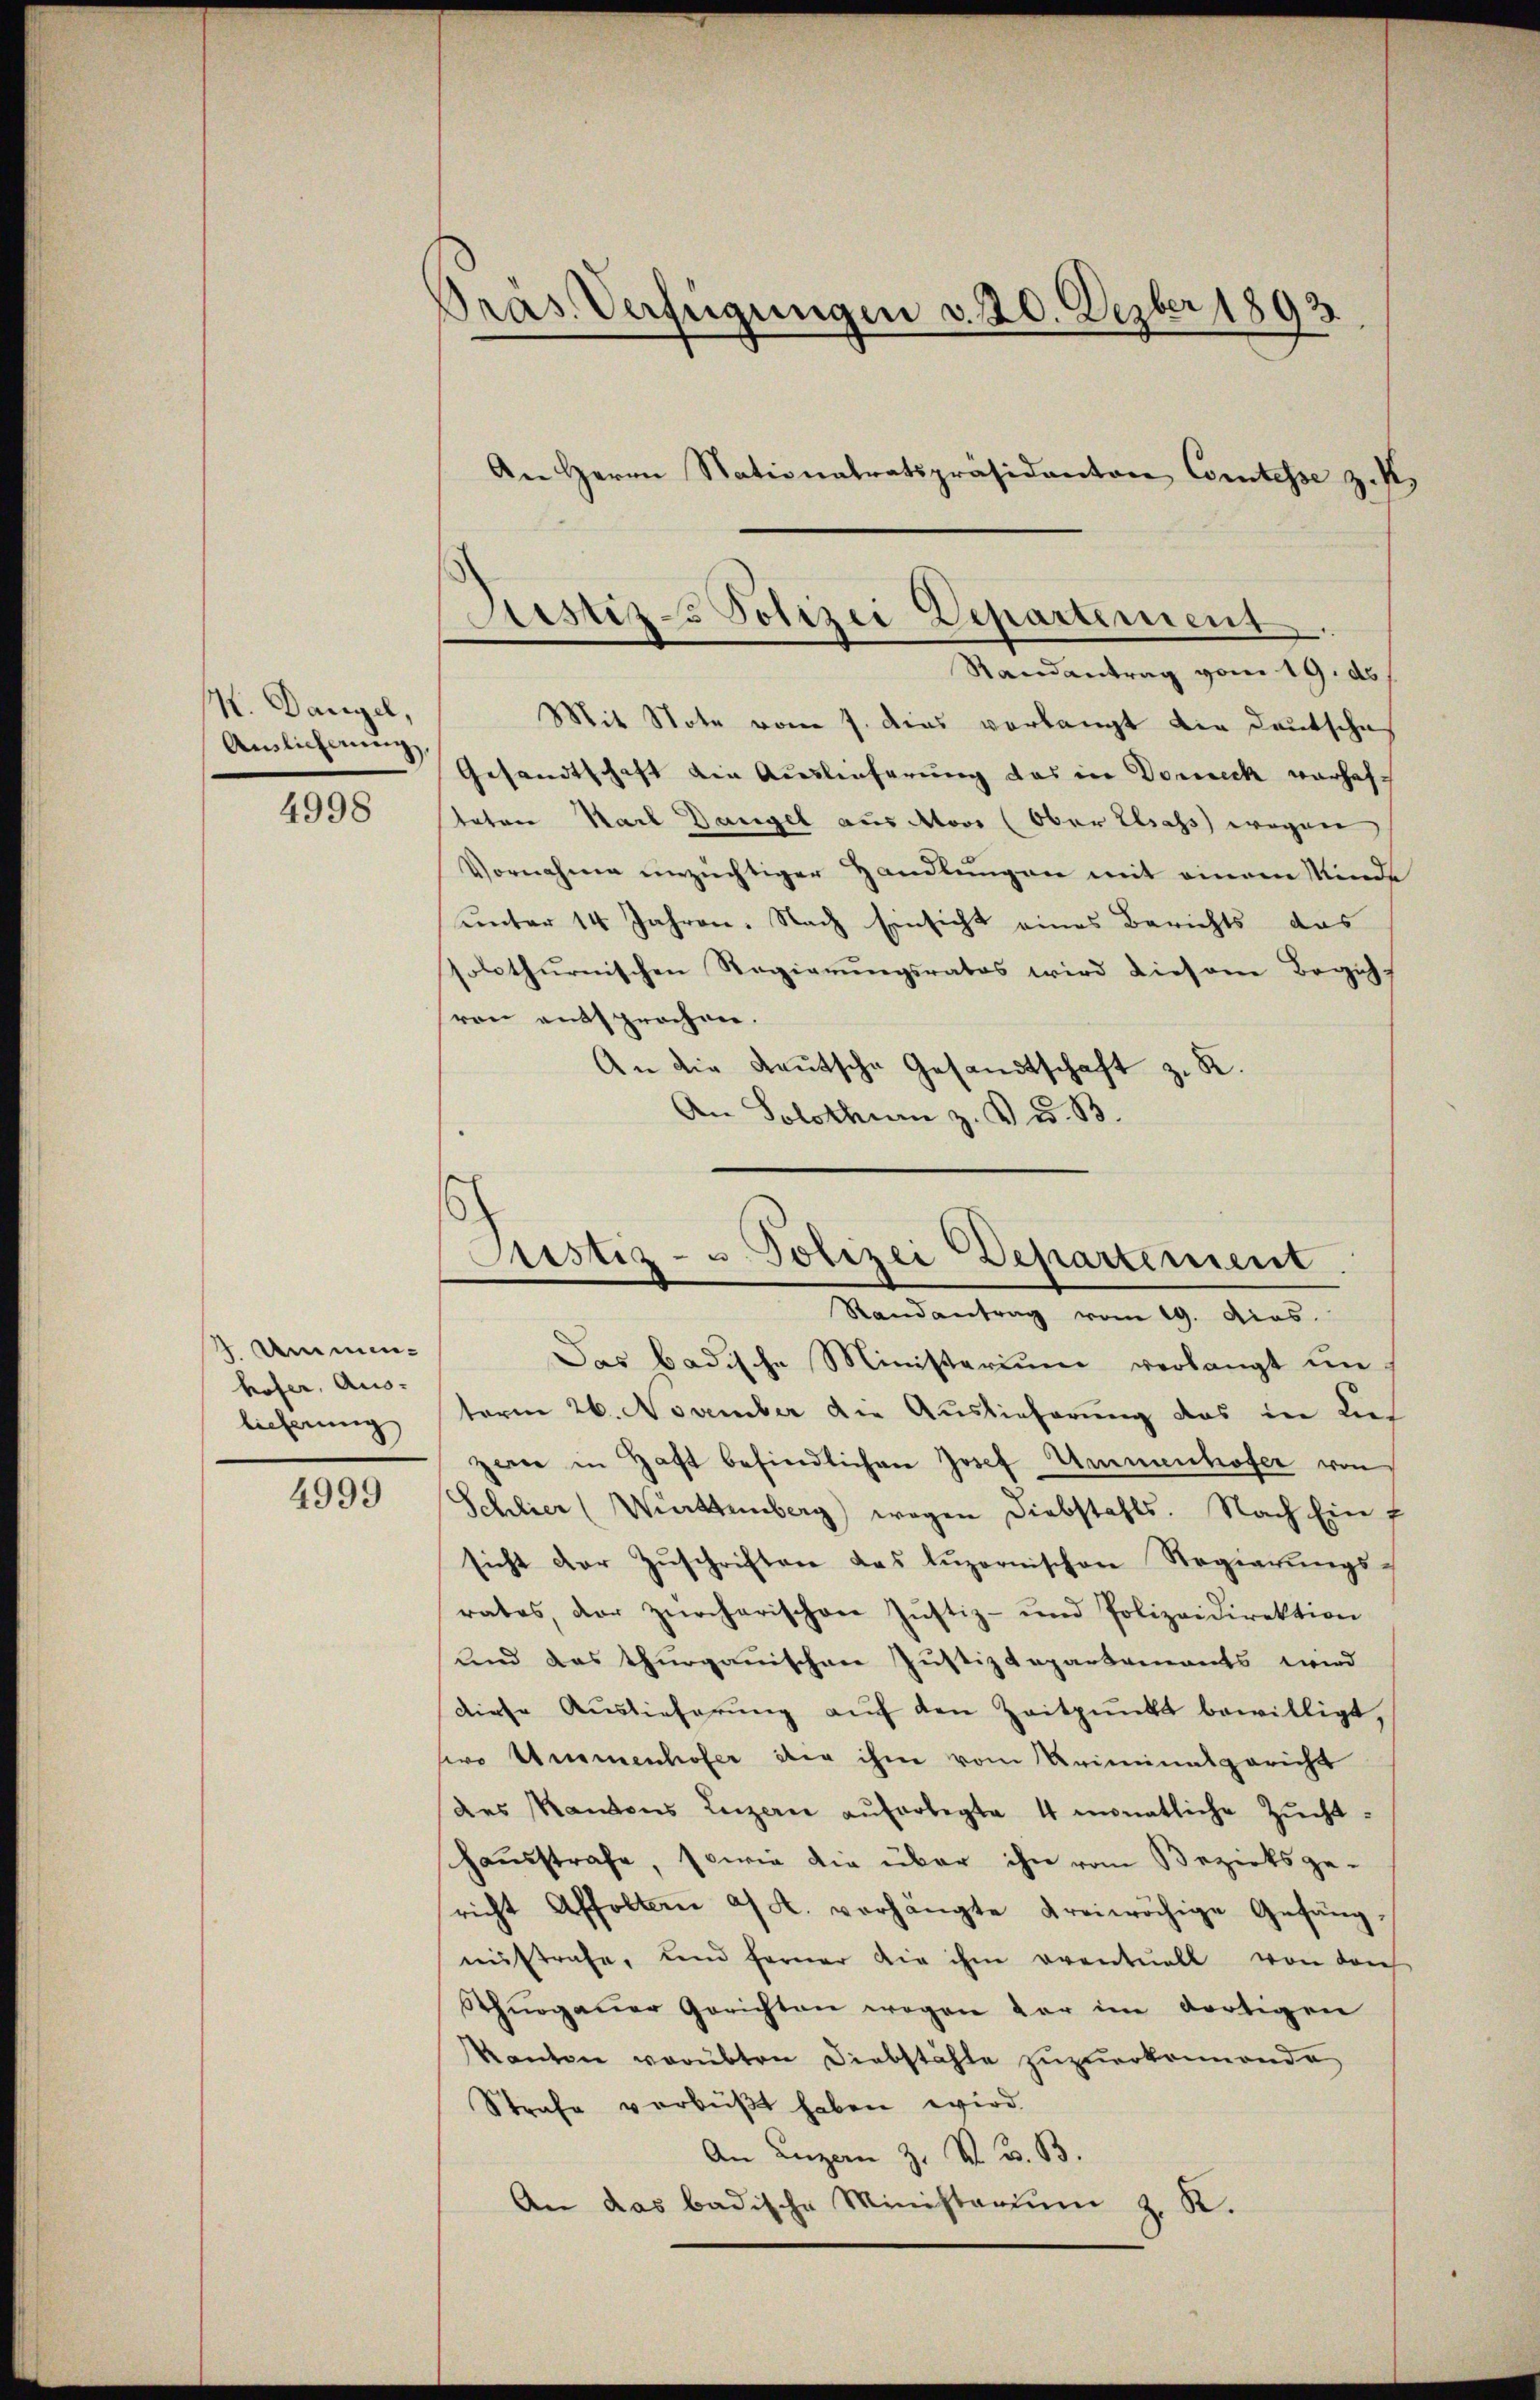
N. Dangel,
Auslicherung
4998

2. Ammen-
hofer, Aus-
lieferung

4999

Pras. Verfügungen v. 20. Dezber 1893.
An Herrn Stationalratspräsidanten Comtesse zif.

Mit Note vom 7. dies vorlangt die Deutsche
Gesandtschaft die Auslieferung das in Donneck warhaftater Karl Dangel aus Store (ober Elsass wegen
Vornahme einzüchtiger Handlungen mit einem Minde
unter 14 Jahren. Nach Einsicht eines Berichts das
solothurnischen Regierŭngsrates wird diesem Begeh-
ren entsprochen.
An die deutsche Gesandtschaft z. R.
An Solothurn z. B. d. B.

Justiz- Polizei Departement
Randantrag vom 19. ds

Justiz- u. Polizei Departement
Randantrag vom 19. das

Das badische Ministerium verlangt un
term 26. November die Auslieferung das in dies
zere in Haft befindlichen Josef Ammenhofer von
Schlier (Württemberg wegen Diebstahls. Nach Ein-
sicht der Zŭschriften das Lŭzernischen Regierŭngs-
rates, der zürcherischen Jŭstiz- und Polizeidirektion
und das thurgauischen Justizdepartamants wird
diese Auslieferŭng aŭf den Zeitpunkt bewilligt,
wo Unmenhofer der ihm vom Kriminalgericht
des Kantons Luzern aŭferlegte 4 monatliche Zŭcht
hausstrafe, sowie die über ihn vom Bezirksge-
richt Affoltern a/A. vorhängte freiwöchige Gefängaistrafe, und ferner die ihm eventuell von den
Thŭrgaŭer Gerichten wegen der im dortigen
Kanton verübten Diebstähle zuzuerkennende
Strafe verbüßt haben wird.
An Luzern z. R. G. B.
An das badische Ministagium z. K.